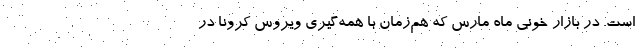
است. در بازار خونی ماه مارس که هم‌زمان با همه‌گیری ویروس کرونا در